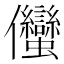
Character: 𱏣